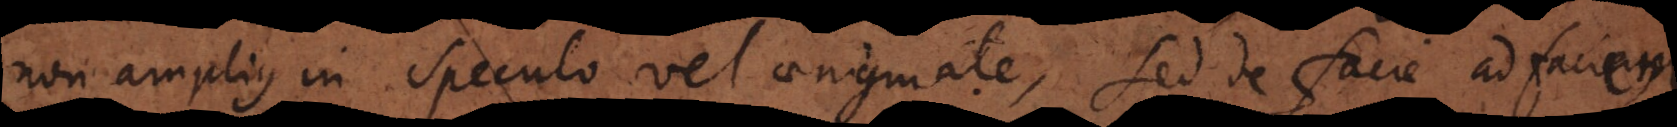
non amplius in speculo vel aenigmate sed de facie ad faciem